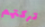
تركتهم